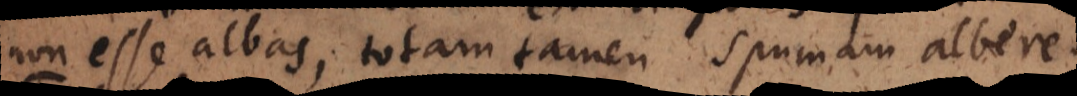
non esse albas, totam tamen spumam albere.